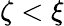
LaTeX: \zeta<\xi